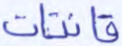
قانتات